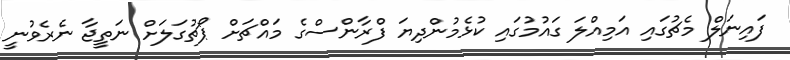
ފައިނަލް މެޗުގައި އަމިއްލަ ގައުމުގައި ކުޅެމުންދިޔަ ފްރާންސްގެ މައްޗަށް ޕޯޗުގަލަށް ނަތީޖާ ނެރެވުނީ